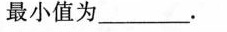
最小值为___.